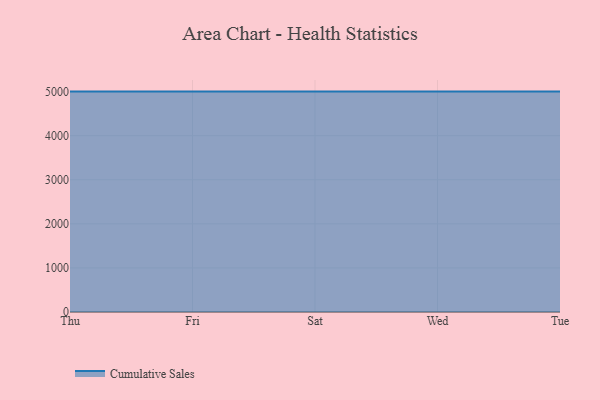
{"axis": {"x": "Day", "y": "Conversion Rate (%)"}, "legend": ["Cumulative Sales"], "data": [{"x": "Thu", "y": 5000, "type": "Cumulative Sales"}, {"x": "Fri", "y": 5000, "type": "Cumulative Sales"}, {"x": "Sat", "y": 5000, "type": "Cumulative Sales"}, {"x": "Wed", "y": 5000, "type": "Cumulative Sales"}, {"x": "Tue", "y": 5000, "type": "Cumulative Sales"}]}